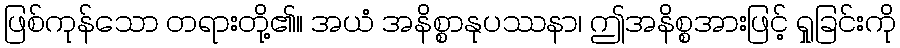
ဖြစ်ကုန်သော တရားတို့၏။ အယံ အနိစ္စာနုပဿနာ၊ ဤအနိစ္စအားဖြင့် ရှုခြင်းကို